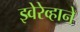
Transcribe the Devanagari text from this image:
झ्वेरेव्हाने